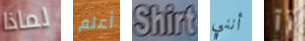
لماذا أعلم Shirt أنني آآ